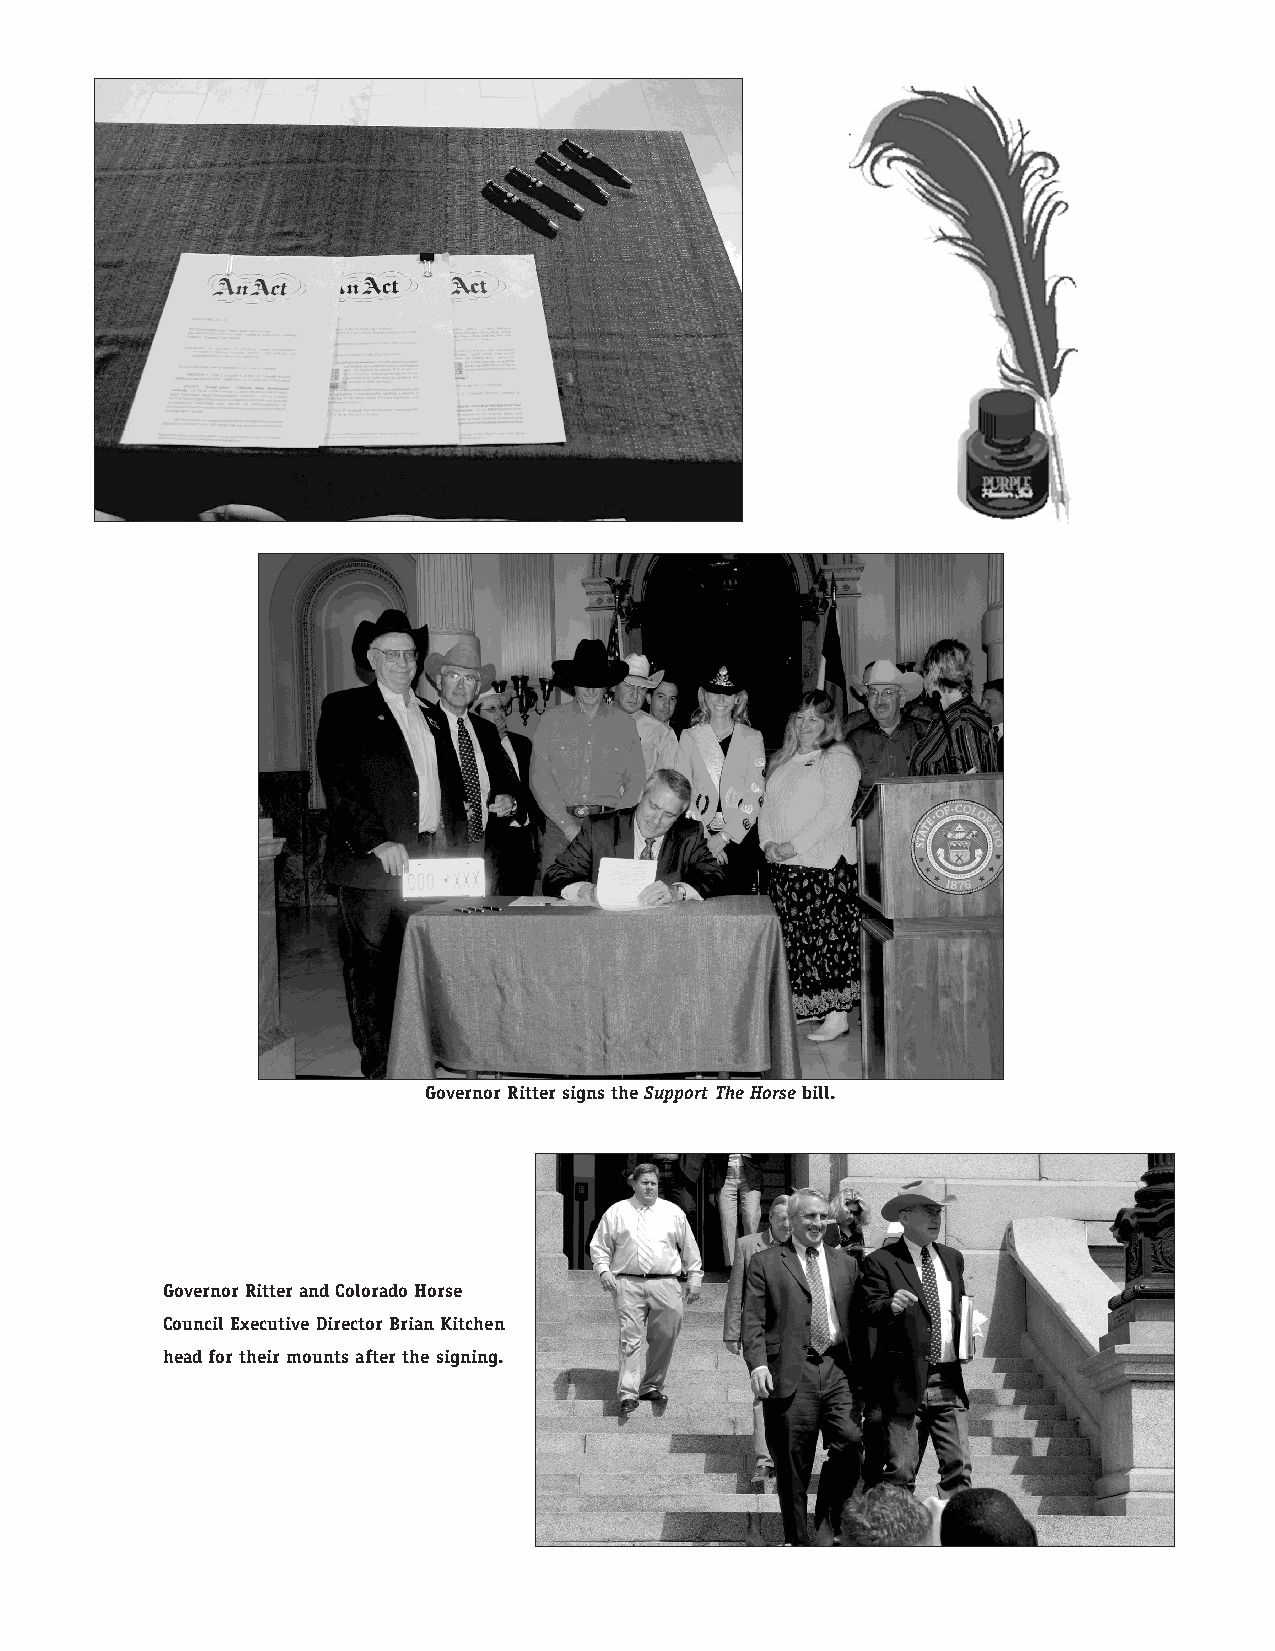
Governor Ritter signs the Support The Horse bill.
 Governor Ritter and Colorado Horse
 Council Executive Director Brian Kitchen
 head for their mounts after the signing.